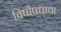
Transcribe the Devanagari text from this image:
विषौषधाचा